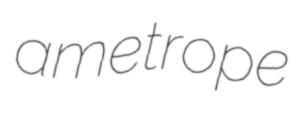
ametrope